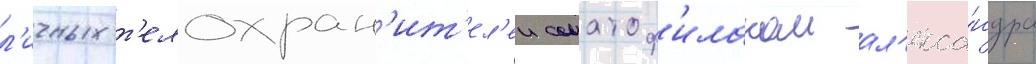
л'ичных т'елохран'ит'ел'еи соматоф'илаком ал'екса́ндра